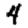
Digit: 4